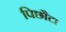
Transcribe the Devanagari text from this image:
पिछौटा